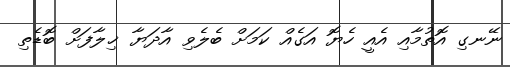
ނޭނގި އޮތުމާއި އެއީ ހެޔޮ އަގެއް ކަމަށް ބެލެވި އާދަޔާ ޚިލާފަށް ބޮޑެތި